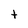
Character: t